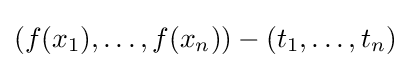
(f(x_{1}),\ldots ,f(x_{n}))-(t_{1},\ldots ,t_{n})